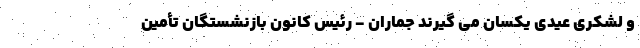
و لشکری عیدی یکسان می گیرند جماران - رئیس کانون بازنشستگان تأمین